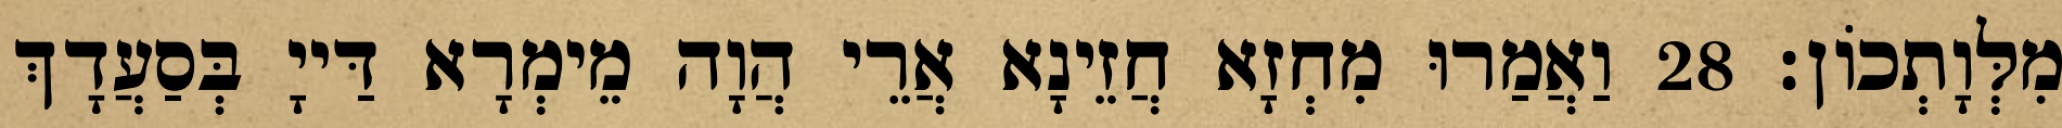
מִלְּוָתְכוֹן׃ 28 וַאֲמַרוּ מִחְזָא חֲזֵינָא אֲרֵי הֲוָה מֵימְרָא דַּייָ בְּסַעֲדָךְ